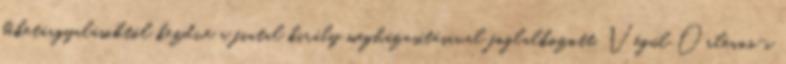
béketárgyalásoktól kezdve a fiatal király megházasításával foglalkozott. Végül Orléans-i